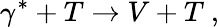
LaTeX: \gamma^{*}+T\rightarrow V+T\ ,